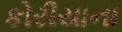
કોરીયાના